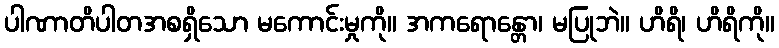
ပါဏာတိပါတအစရှိသော မကောင်းမှုကို။ အကရောန္တော၊ မပြုဘဲ။ ဟိရိ၊ ဟိရိကို။